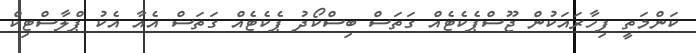
ކަންމަތީ ފިހާރައަކުން ޖޫސްޕެކެޓެއް ގަތަސް ބިސްކޯދު ޕެކެޓެއް ގަތަސް އެއާ އެކު ޕްލާސްޓިކް